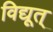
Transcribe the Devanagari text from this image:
विद्यूत्‌